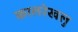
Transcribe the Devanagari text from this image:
कालरेखलु